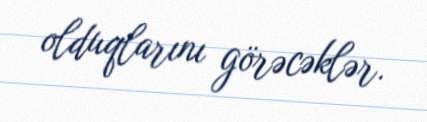
olduqlarını görəcəklər.